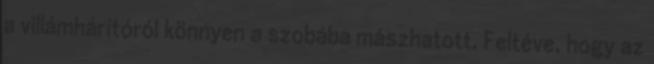
a villámhárítóról könnyen a szobába mászhatott. Feltéve, hogy az